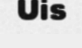
Uis